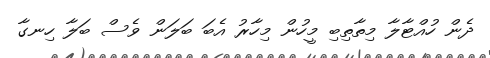
ދެން ހުއްޓާލާ މިތާތިބި މީހުން މިހާރު އެބަ ބަލަން ވެސް ބަލާ ހިނގާ